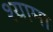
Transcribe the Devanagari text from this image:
श्‍यामा